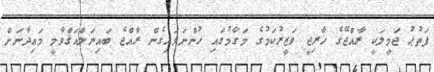
ފަތުޙު ޖަމީލަކީ ރާއްޖޭގެ ޚާރިޖީ ވަޒީރުކަމުގެ މަގާމުގައި ހުންނަވައިގެން ރާއްޖެ ބައިނަލްއަޤްވާމީ މައިދާނަށް